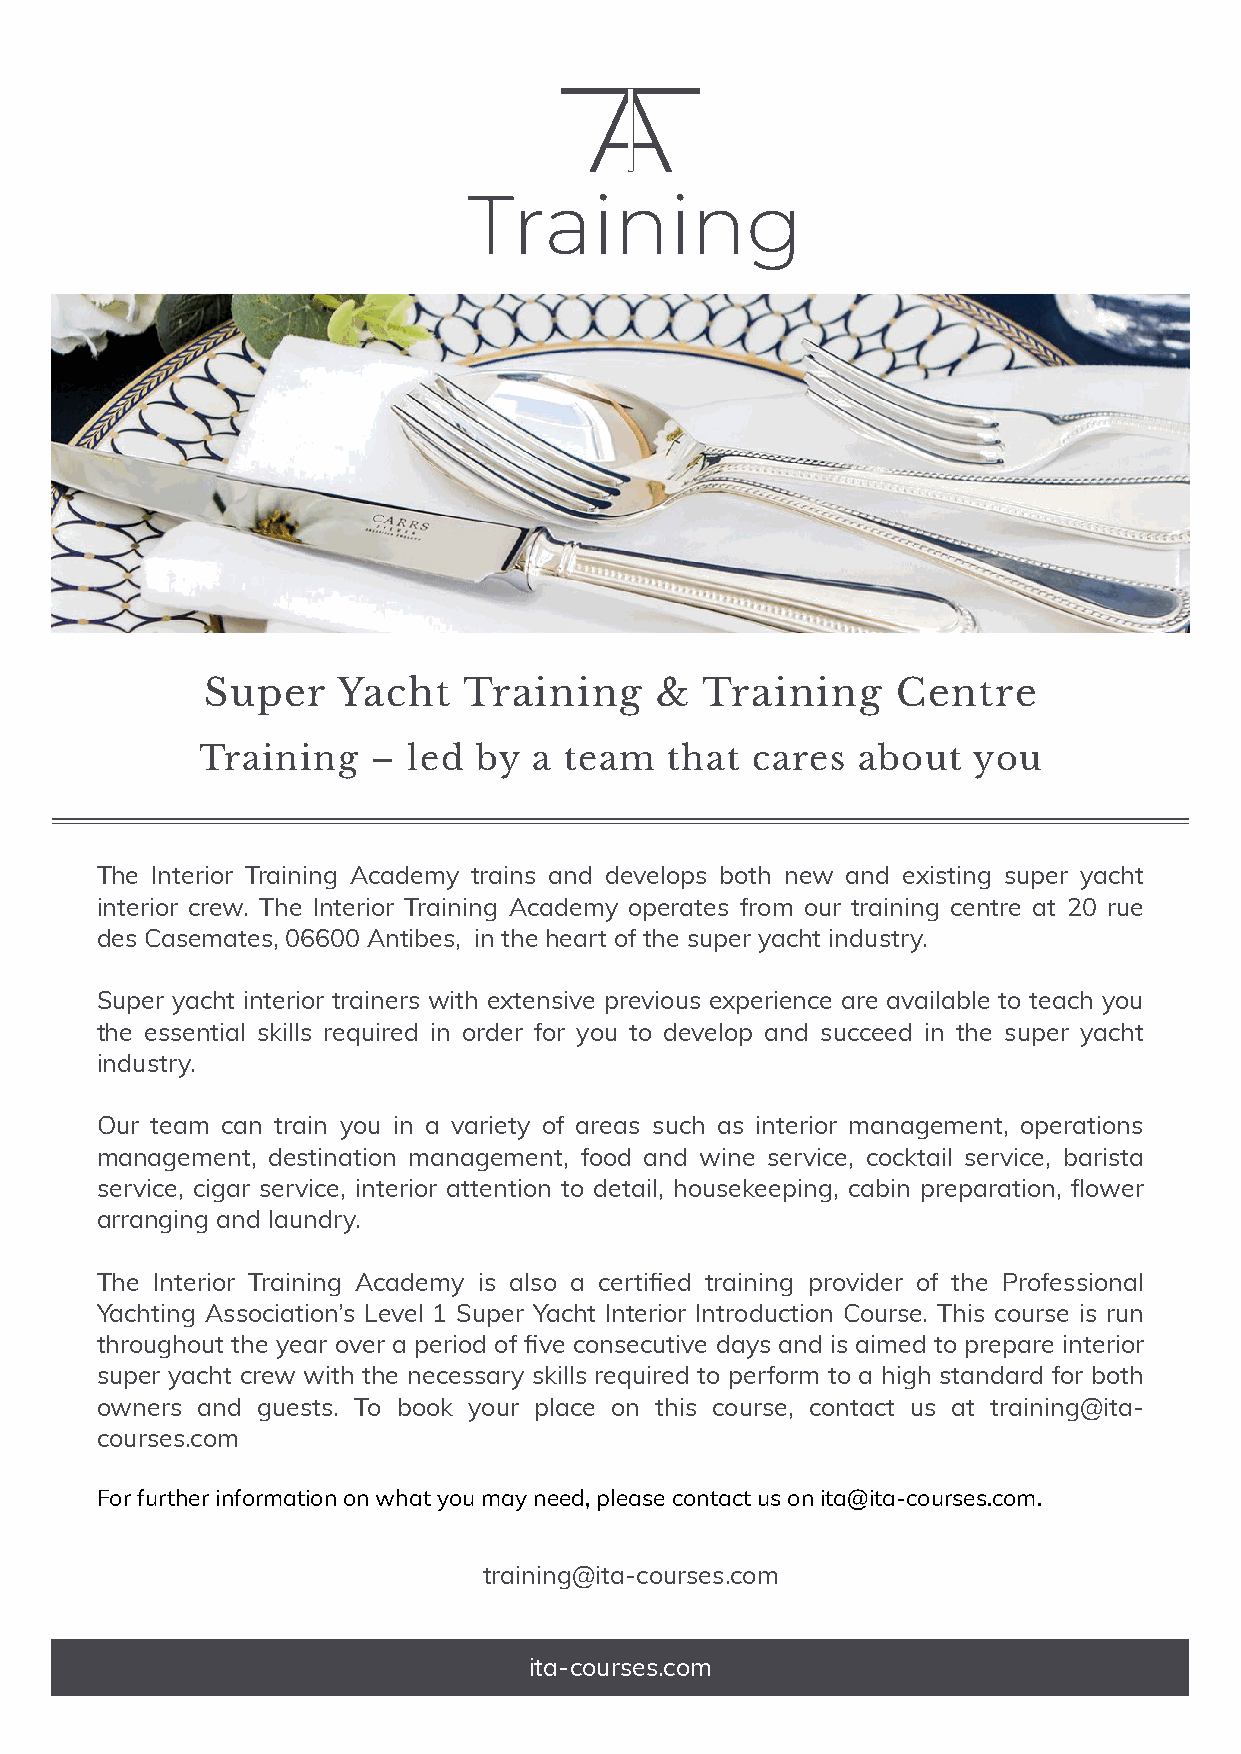
Super   Yacht    Training    &   Training    Centre
 Training    – led  by a team   that  cares  about  you
 The Interior Training Academy trains and develops both new and existing super yacht
 interior crew. The Interior Training Academy operates from our training centre at 20 rue
 des Casemates, 06600 Antibes, in the heart of the super yacht industry.
 Super yacht interior trainers with extensive previous experience are available to teach you
 the essential skills required in order for you to develop and succeed in the super yacht
 industry.
 Our team can train you in a variety of areas such as interior management, operations
 management, destination management, food and wine service, cocktail service, barista
 service, cigar service, interior attention to detail, housekeeping, cabin preparation, flower
 arranging and laundry.
 The Interior Training Academy is also a certified training provider of the Professional
 Yachting Association’s Level 1 Super Yacht Interior Introduction Course. This course is run
 throughout the year over a period of five consecutive days and is aimed to prepare interior
 super yacht crew with the necessary skills required to perform to a high standard for both
 owners and guests. To book your place on this course, contact us at training@ita-
 courses.com
 For further information on what you may need, please contact us on ita@ita-courses.com.
 training@ita-courses.com
 ita-courses.com